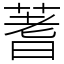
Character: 蓍